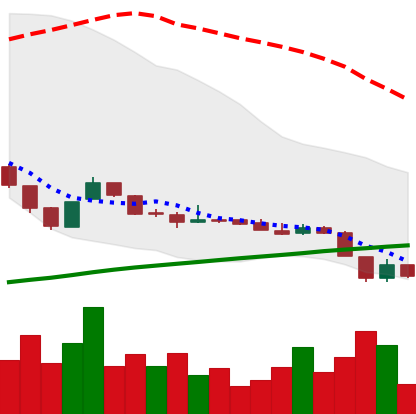
Ticker: DOGE-USD
Chart end date: 2018-11-11
Forward return: -13.156%
Label: down_7plus